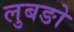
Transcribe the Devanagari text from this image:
लुबङो